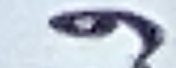
و